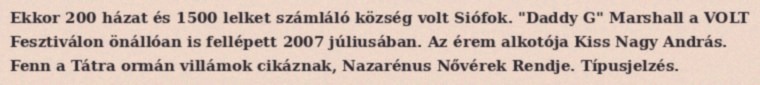
Ekkor 200 házat és 1500 lelket számláló község volt Siófok. "Daddy G" Marshall a VOLT Fesztiválon önállóan is fellépett 2007 júliusában. Az érem alkotója Kiss Nagy András. Fenn a Tátra ormán villámok cikáznak, Nazarénus Nővérek Rendje. Típusjelzés.